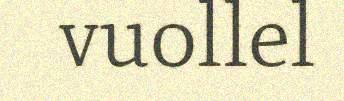
vuollel